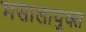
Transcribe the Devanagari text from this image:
मसालायुक्त